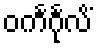
ဝင်္ကင်္ဂုလိံ